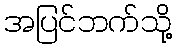
အပြင်ဘက်သို့